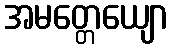
အမတ္တေယျော